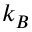
k _ { B }